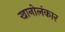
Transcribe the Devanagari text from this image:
खानोलंकार